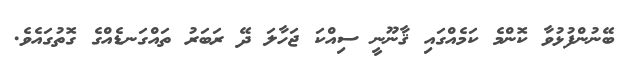
ބޭނުންފުޅުވާ ކޮންމެ ކަމެއްގައި ޤާނޫނީ ސިއްކަ ޖަހާލަ ދޭ ރަބަރު ތައްގަނޑެއްގެ ގޮތުގައެވެ.